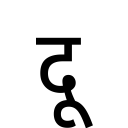
OCR:
दू